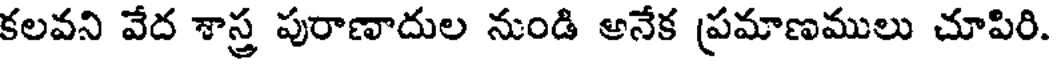
కలవని వేద శాస్త్ర పురాణాదుల నుండి అనేక ప్రమాణములు చూపిరి.